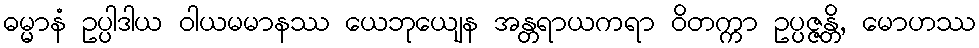
ဓမ္မာနံ ဥပ္ပါဒါယ ဝါယမမာနဿ ယေဘုယျေန အန္တရာယကရာ ဝိတက္ကာ ဥပ္ပဇ္ဇန္တိ, မောဟဿ